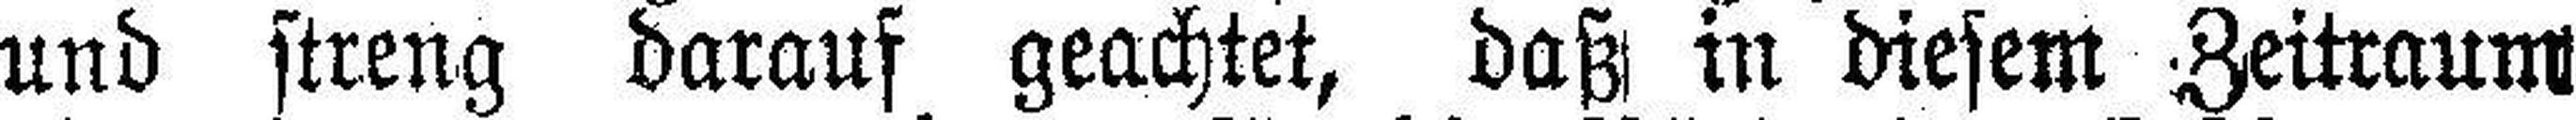
und streng darauf geachtet, daß in diesem Zeitraum